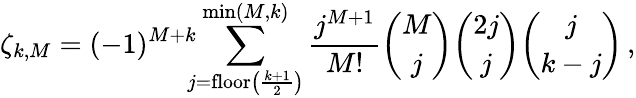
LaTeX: \zeta_{k,M}=(-1)^{M+k}\! \! \! \sum_{j=\mathrm{floor}\left(\frac{k+1}{2}\right)}^{\operatorname*{min}(M,k)}\frac{j^{M+1}}{M!}{\binom{M}{j}}{\binom{2j}{j}}{\binom{j}{k-j}}\, ,